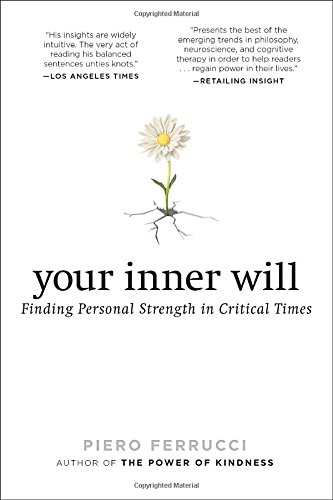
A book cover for Your Inner Will: Finding Personal Strength in Critical Times; Piero Ferrucci; Self-Help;